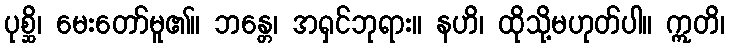
ပုစ္ဆိ၊ မေးတော်မူ၏။ ဘန္တေ၊ အရှင်ဘုရား။ နဟိ၊ ထိုသို့မဟုတ်ပါ။ ဣတိ၊